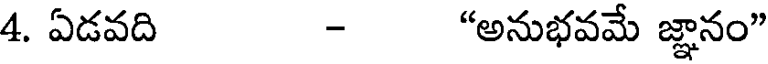
4. ఏడవది - "అనుభవమే జ్ఞానం"